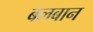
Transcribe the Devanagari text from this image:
बलबान